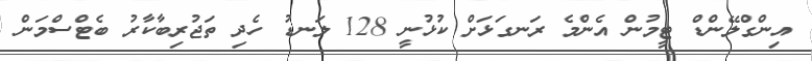
އިންގްލޭންޑް ޓީމުން އެންމެ ރަނގަޅަށް ކުޅުނީ 128 ލަނޑު ހެދި ތަޖުރިބާކާރު ބެޓްސްމަން